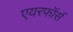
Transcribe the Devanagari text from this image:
एयरफॉर्स